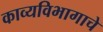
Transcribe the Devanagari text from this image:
काव्यविभागाचे